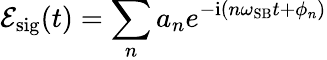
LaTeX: \mathcal{E}_{\mathrm{{sig}}}(t)=\sum_{n}a_{n}e^{-\mathrm{{i}}(n\omega_{\mathrm{{SB}}}t+\phi_{n})}